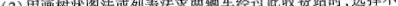
（2）用画树状图法或列表法求两辆车经过此收费站时，选择不